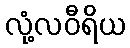
လုံ့လဝီရိယ